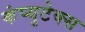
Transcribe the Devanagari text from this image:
कंप्युटेक्स